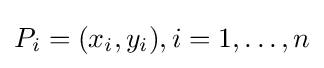
P_{i}=(x_{i},y_{i}),i=1,\dots ,n